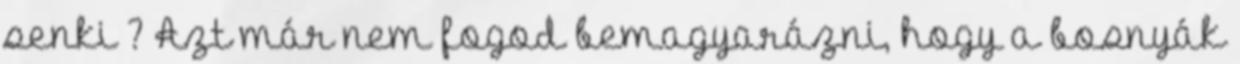
senki ? Azt már nem fogod bemagyarázni, hogy a bosnyák